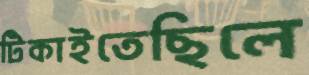
টিকাইতেছিলে